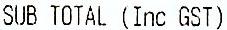
SUB TOTAL (INC GST)